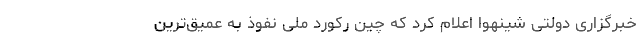
خبرگزاری دولتی شینهوا اعلام کرد که چین رکورد ملی نفوذ به عمیق‌ترین